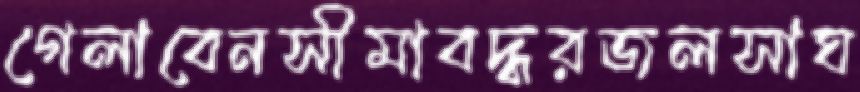
গেলাবেনসীমাবদ্ধরজলসাঘ